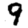
Digit: 9